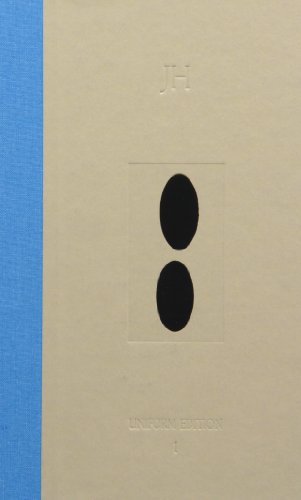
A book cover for Archetypal Psychology: Uniform Edition of the Writings of James Hillman, Vol. 1; James Hillman; Sports & Outdoors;